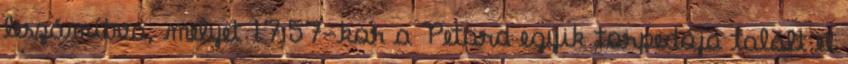
leszámítva, melyet 17:57-kor a Petard egyik torpedója talált el